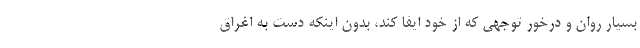
بسيار روان و درخور توجهي كه از خود ايفا كند، بدون اينكه دست به اغراق